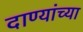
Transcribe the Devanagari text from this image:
दाण्यांच्या